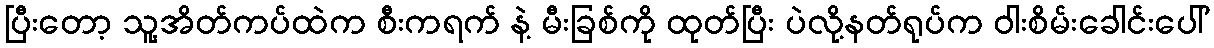
ပြီးတော့ သူ့အိတ်ကပ်ထဲက စီးကရက် နဲ့ မီးခြစ်ကို ထုတ်ပြီး ပဲလို့နတ်ရုပ်က ဝါးစိမ်းခေါင်းပေါ်